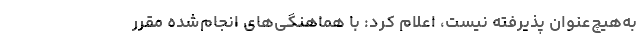
به‌هیچ‌عنوان پذیرفته نیست، اعلام کرد: با هماهنگی‌های انجام‌شده مقرر